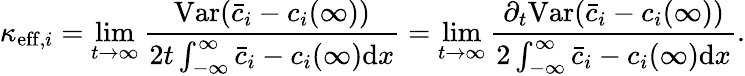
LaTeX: \kappa_{\mathrm{eff},i}=\operatorname*{lim}_{t\rightarrow\infty}\frac{\mathrm{Var}(\bar{c}_{i}-c_{i}(\infty))}{2t\int_{-\infty}^{\infty}\bar{c}_{i}-c_{i}(\infty)\mathrm{d}x}=\operatorname*{lim}_{t\rightarrow\infty}\frac{\partial_{t}\mathrm{Var}(\bar{c}_{i}-c_{i}(\infty))}{2\int_{-\infty}^{\infty}\bar{c}_{i}-c_{i}(\infty)\mathrm{d}x}.